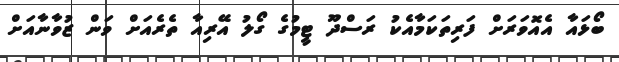
ބޯޅައާ އެއޮވަރަށް ފަރިތަކަމާއެކު ރަސްދޫ ޓީމުގެ ގޯލު އޭރިއާ ތެރެއަށް ވަން ޒުވާނާއަށް